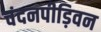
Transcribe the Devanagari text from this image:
चंदनपीड़िवन